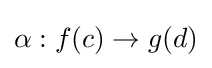
\alpha :f(c)\to g(d)